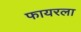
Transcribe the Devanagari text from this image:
फायरला